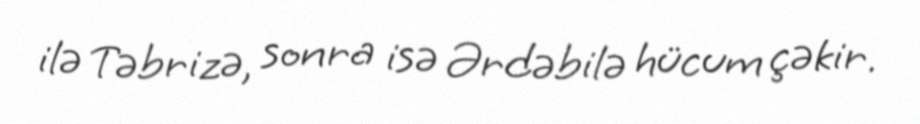
ilə Təbrizə, sonra isə Ərdəbilə hücum çəkir.